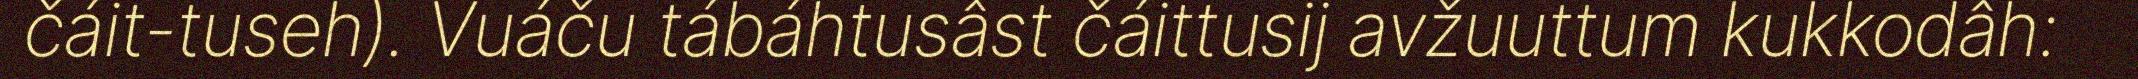
čáit-tuseh). Vuáču tábáhtusâst čáittusij avžuuttum kukkodâh: